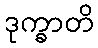
ဒုက္ခာတိ